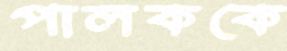
পালককে